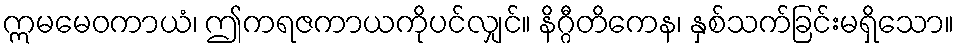
ဣမမေဝကာယံ၊ ဤကရဇကာယကိုပင်လျှင်။ နိဂ္ဂီတိကေန၊ နှစ်သက်ခြင်းမရှိသော။